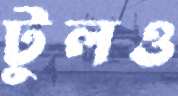
টুলও